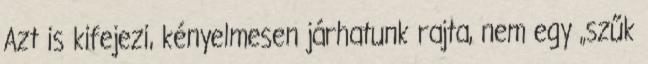
Azt is kifejezi, kényelmesen járhatunk rajta, nem egy „szűk